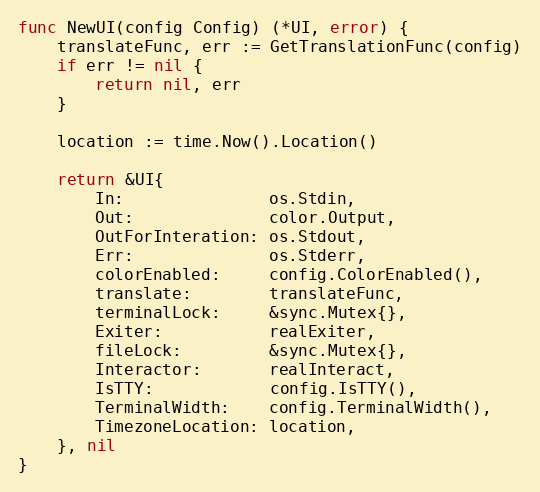
Language: Go
func NewUI(config Config) (*UI, error) {
	translateFunc, err := GetTranslationFunc(config)
	if err != nil {
		return nil, err
	}

	location := time.Now().Location()

	return &UI{
		In:               os.Stdin,
		Out:              color.Output,
		OutForInteration: os.Stdout,
		Err:              os.Stderr,
		colorEnabled:     config.ColorEnabled(),
		translate:        translateFunc,
		terminalLock:     &sync.Mutex{},
		Exiter:           realExiter,
		fileLock:         &sync.Mutex{},
		Interactor:       realInteract,
		IsTTY:            config.IsTTY(),
		TerminalWidth:    config.TerminalWidth(),
		TimezoneLocation: location,
	}, nil
}